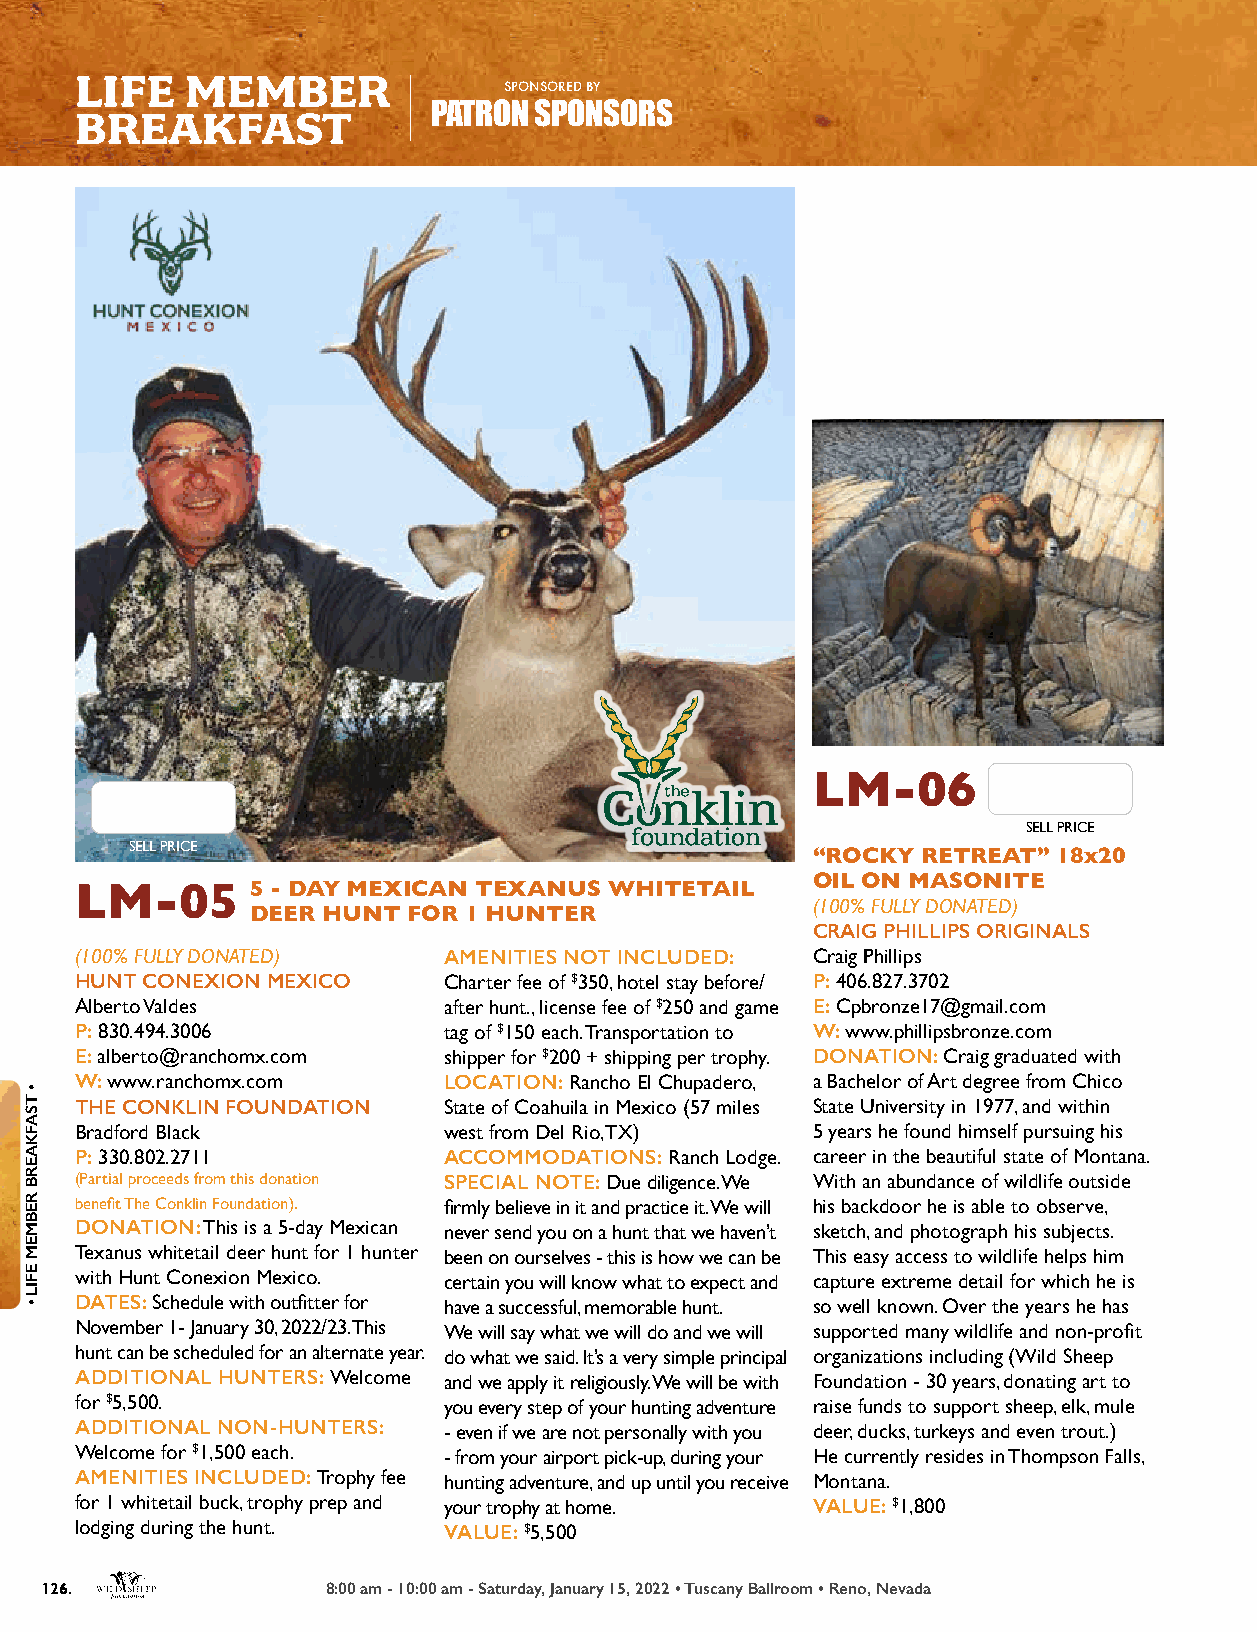
LIFE   MEMBER
 SPONSORED BY
 BREAKFAST               PATRON SPONSORS
 LM-06
 SELL PRICE
 SELL PRICE
 “ROCKY RETREAT” 18x20
 OIL ON MASONITE
 LM-05       5 - DAY MEXICAN TEXANUS WHITETAIL
 (100% FULLY DONATED)
 DEER HUNT FOR 1 HUNTER
 CRAIG PHILLIPS ORIGINALS
 (100% FULLY DONATED)    AMENITIES NOT INCLUDED:  Craig Phillips
 HUNT CONEXION MEXICO    Charter fee of $350, hotel stay before/ P: 406.827.3702
 Alberto Valdes          after hunt., license fee of $250 and game E: Cpbronze17@gmail.com
 P: 830.494.3006         tag of $150 each. Transportation to W: www.phillipsbronze.com
 E: alberto@ranchomx.com shipper for $200 + shipping per trophy. DONATION: Craig graduated with
 W: www.ranchomx.com     LOCATION: Rancho El Chupadero, a Bachelor of Art degree from Chico
 THE CONKLIN FOUNDATION  State of Coahuila in Mexico (57 miles State University in 1977, and within
 Bradford Black          west from Del Rio, TX)   5 years he found himself pursuing his
 P: 330.802.2711         ACCOMMODATIONS: Ranch Lodge. career in the beautiful state of Montana.
 (Partial proceeds from this donation SPECIAL NOTE: Due diligence. We With an abundance of wildlife outside
 benefit The Conklin Foundation). firmly believe in it and practice it. We will his backdoor he is able to observe,
 DONATION: This is a 5-day Mexican never send you on a hunt that we haven’t sketch, and photograph his subjects.
 Texanus whitetail deer hunt for 1 hunter been on ourselves - this is how we can be This easy access to wildlife helps him
 with Hunt Conexion Mexico. certain you will know what to expect and capture extreme detail for which he is
 DATES: Schedule with outfitter for have a successful, memorable hunt. so well known. Over the years he has
 November 1- January 30, 2022/23. This We will say what we will do and we will supported many wildlife and non-profit
 hunt can be scheduled for an alternate year. do what we said. It’s a very simple principal organizations including (Wild Sheep
 ADDITIONAL HUNTERS: Welcome and we apply it religiously. We will be with Foundation - 30 years, donating art to
 for $5,500.             you every step of your hunting adventure raise funds to support sheep, elk, mule
 ADDITIONAL NON-HUNTERS: - even if we are not personally with you deer, ducks, turkeys and even trout.)
 Welcome for $1,500 each. - from your airport pick-up, during your He currently resides in Thompson Falls,
 AMENITIES INCLUDED: Trophy fee hunting adventure, and up until you receive Montana.
 for 1 whitetail buck, trophy prep and your trophy at home. VALUE: $1,800
 lodging during the hunt. VALUE: $5,500
 126.               8:00 am - 10:00 am - Saturday, January 15, 2022 • Tuscany Ballroom • Reno, Nevada
 •
 TSAFKAERB
 REBMEM
 EFIL
 •